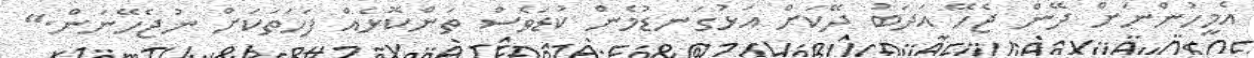
އެމީހުންނަށް ދޭން ޖެހޭ އަދަބު ދޭކަށް އަޅުގަނޑުމެން ކުޑަވެސް ތަންކޮޅެއް ފަހަތަކަށް ނުޖެހޭނަން."